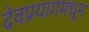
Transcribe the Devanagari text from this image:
देवप्रयागमधून